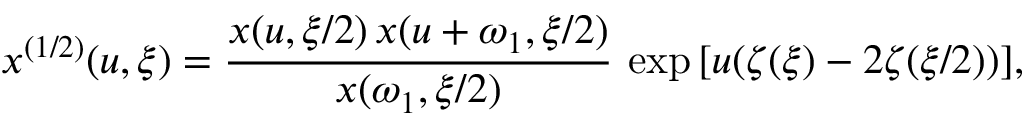
x ^ { ( 1 / 2 ) } ( u , \xi ) = { \frac { x ( u , \xi / 2 ) \, x ( u + \omega _ { 1 } , \xi / 2 ) } { x ( \omega _ { 1 } , \xi / 2 ) } } \, \exp { [ u ( \zeta ( \xi ) - 2 \zeta ( \xi / 2 ) ) ] } ,